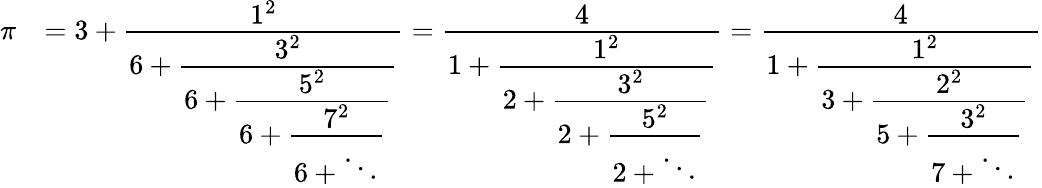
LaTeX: {\begin{array}{rl}{\pi}&{=3+{\cfrac{1^{2}}{6+{\cfrac{3^{2}}{6+{\cfrac{5^{2}}{6+{\cfrac{7^{2}}{6+\ddots}}}}}}}}={\cfrac{4}{1+{\cfrac{1^{2}}{2+{\cfrac{3^{2}}{2+{\cfrac{5^{2}}{2+\ddots}}}}}}}}={\cfrac{4}{1+{\cfrac{1^{2}}{3+{\cfrac{2^{2}}{5+{\cfrac{3^{2}}{7+\ddots}}}}}}}}}\end{array}}